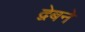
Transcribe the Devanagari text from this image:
द्वेबने